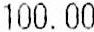
100.00